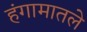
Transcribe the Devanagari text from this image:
हंगामातले